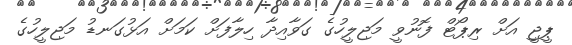
ޕީޖީ އަށް ރިޕޯޓް ފޮނުވީ މަޖިލީހުގެ ގަވާއިދާ ހިލާފަށް ކަމަށް އަޅުގަނޑު މަޖިލީހުގެ